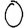
Digit: 0